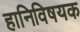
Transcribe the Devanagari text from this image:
हानिविषयक